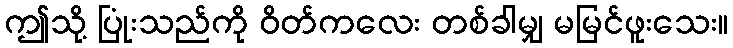
ဤသို့ ပြုံးသည်ကို ဝိတ်ကလေး တစ်ခါမျှ မမြင်ဖူးသေး။